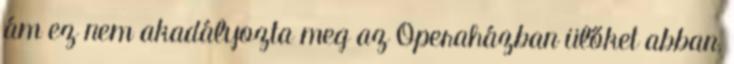
ám ez nem akadályozta meg az Operaházban ülőket abban,